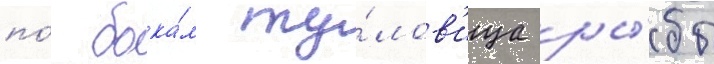
по́ бока́м ту́лов'ища ры́бы